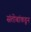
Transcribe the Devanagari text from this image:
संतोबांकडून